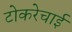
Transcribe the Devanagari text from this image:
टोकरेचाई